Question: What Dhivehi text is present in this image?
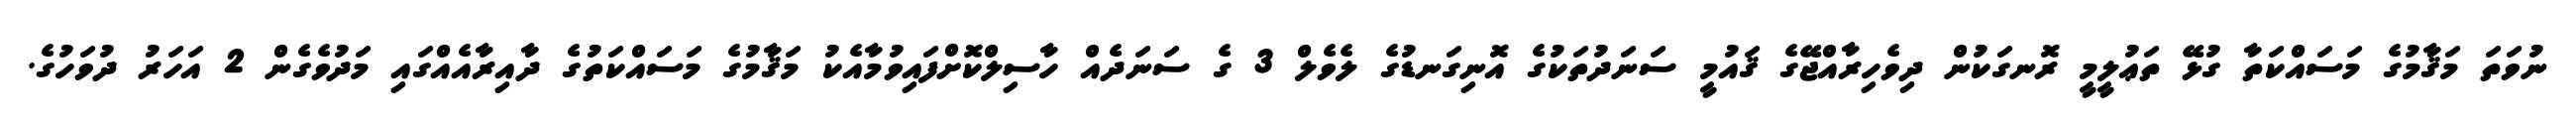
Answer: ނުވަތަ މަޤާމުގެ މަސައްކަތާ ގުޅޭ ތަޢުލީމީ ރޮނގަކުން ދިވެހިރާއްޖޭގެ ޤައުމީ ސަނަދުތަކުގެ އޮނިގަނޑުގެ ލެވެލް 3 ގެ ސަނަދެއް ހާސިލްކޮށްފައިވުމާއެކު މަޤާމުގެ މަސައްކަތުގެ ދާއިރާއެއްގައި މަދުވެގެން 2 އަހަރު ދުވަހުގެ.